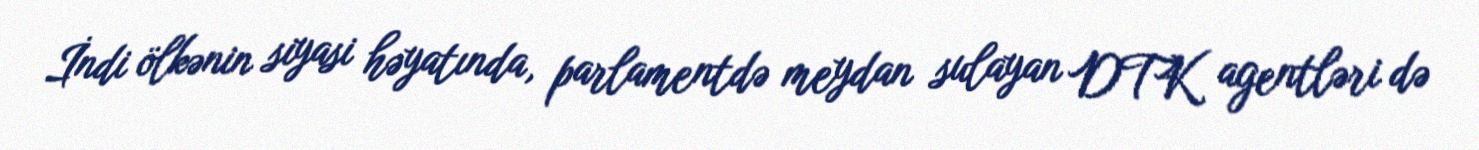
İndi ölkənin siyasi həyatında, parlamentdə meydan sulayan DTK agentləri də